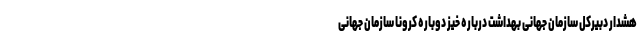
هشدار دبیرکل سازمان جهانی بهداشت درباره خیز دوباره کرونا سازمان جهانی